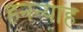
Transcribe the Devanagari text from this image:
हनन्याह